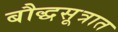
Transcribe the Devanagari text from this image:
बौद्धसूत्रात